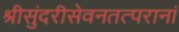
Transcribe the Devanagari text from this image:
श्रीसुंदरीसेवनतत्परानां